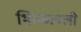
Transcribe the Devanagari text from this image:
भिरकावली